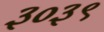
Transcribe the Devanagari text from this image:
३०३९